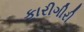
કારીગીરી